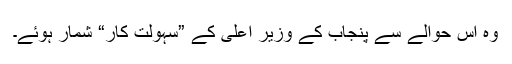
وہ اس حوالے سے پنجاب کے وزیر اعلیٰ کے ”سہولت کار“ شمار ہوئے۔